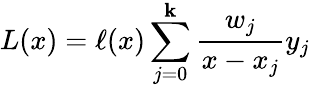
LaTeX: L(x)=\ell(x)\sum_{j=0}^{\mathbf{k}}{\frac{{w_{j}}}{{x-x_{j}}}}y_{j}